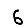
Digit: 6